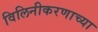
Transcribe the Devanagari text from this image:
विलिनीकरणाच्या